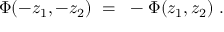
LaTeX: \Phi ( - z _ { 1 } , - z _ { 2 } ) ~ = ~ - \Phi ( z _ { 1 } , z _ { 2 } ) ~ .